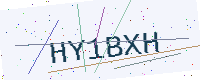
Text: HY1BXH